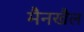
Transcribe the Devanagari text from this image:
मैनखैल